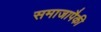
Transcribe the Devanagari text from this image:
समाजापैकी